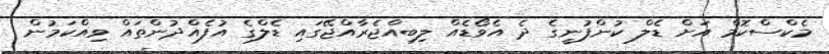
މެކްސްކޮމް އަށް ޑެލް ކުންފުނީގެ ދެ އެވޯޑެއް ލިބިއްޖެރާއްޖޭގައި ޑެލްގެ އުފެއްދުންތައް ވިއްކަމުން